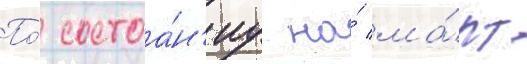
По́ состоа́н'иу на́ ма́рт